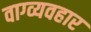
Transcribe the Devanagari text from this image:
वाग्व्यवहार